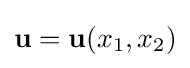
\mathbf {u} =\mathbf {u} (x_{1},x_{2})